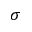
{ \sigma }